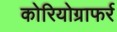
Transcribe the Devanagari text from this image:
कोरियोग्राफर्र